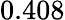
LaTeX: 0.408